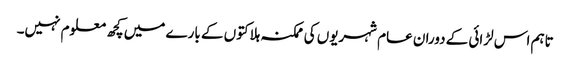
تاہم اس لڑائی کے دوران عام شہریوں کی ممکنہ ہلاکتوں کے بارے میں کچھ معلوم نہیں۔